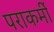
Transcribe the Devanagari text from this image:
पराकर्मी